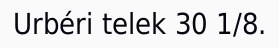
Urbéri telek 30 1/8.